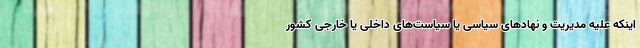
اینکه علیه مدیریت و نهاد‌های سیاسی یا سیاست‌های داخلی یا خارجی کشور